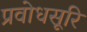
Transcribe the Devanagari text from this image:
प्रवोधसूरि